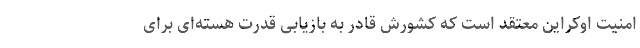
امنیت اوکراین معتقد است که کشورش قادر به بازیابی قدرت هسته‌ای برای